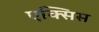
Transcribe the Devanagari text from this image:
एक्‍सिस